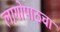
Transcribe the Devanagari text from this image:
लागोपाठचा